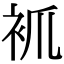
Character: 𧘷